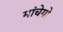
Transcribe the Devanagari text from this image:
मांचेगो